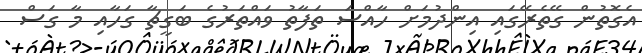
އެގޮތުން ގޭތެރޭގައި އިންދުމަށް ހާއްސަ ތަފާތު ވައްތަރުގެ ބަގީޗާ ގަހާއި މާ ގަސް